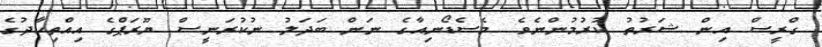
ގްރީސް އިން ޝަރުތު ކުރުމުންނެވެ. މެސެޑޯނިއާގެ ނަން ބަދަލު ނުކުރަނީސް ޔޫރަޕްގެ އިއްތިހާދުގެ